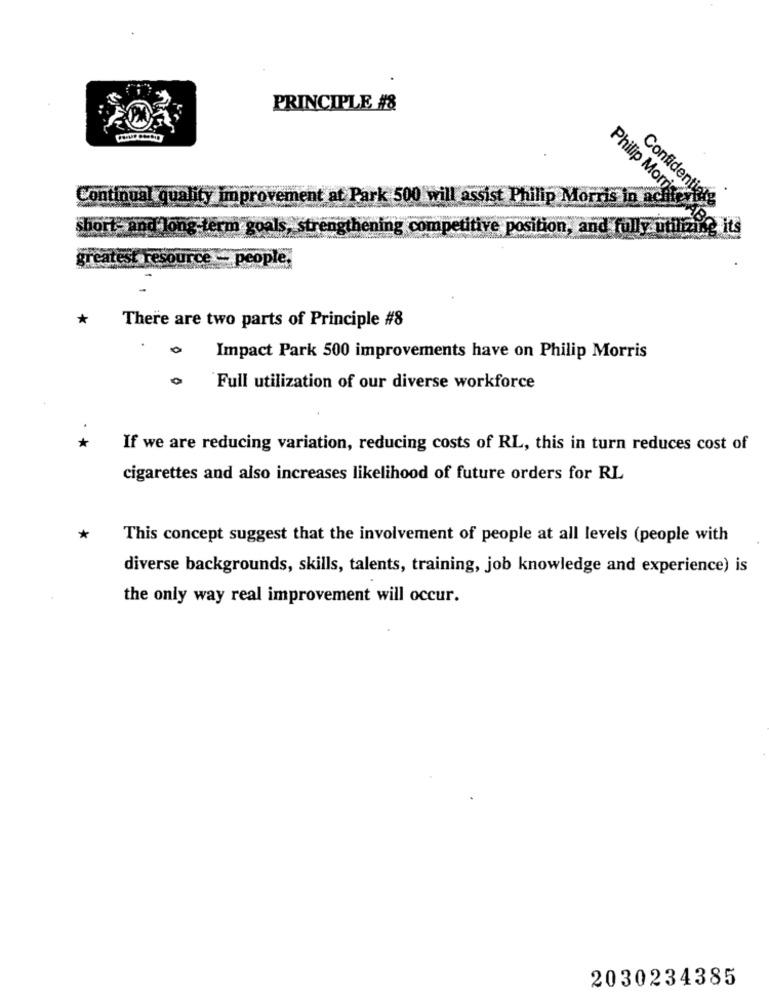
PRINCIPLE #8
Continual quality improvement at Park 500 will assist Philip Morris in ach
Confidential
m goals
strength
ing competitive position, and fully utilizing its
Philip Morris CABO
greatest resource - people.
*
There are two parts of Principle #8
0
Impact Park 500 improvements have on Philip Morris
Full utilization of our diverse workforce
*
If we are reducing variation, reducing costs of RL, this in turn reduces cost of
cigarettes and also increases likelihood of future orders for RL
*
This concept suggest that the involvement of people at all levels (people with
diverse backgrounds, skills, talents, training, job knowledge and experience) is
the only way real improvement will occur.
2030234385